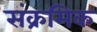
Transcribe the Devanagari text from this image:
संक्रमिक